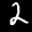
Label: 2